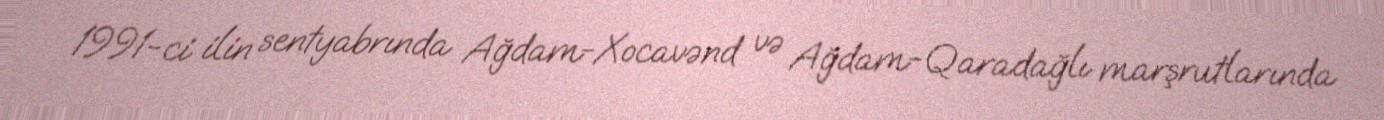
1991-ci ilin sentyabrında Ağdam-Xocavənd və Ağdam-Qaradağlı marşrutlarında